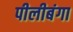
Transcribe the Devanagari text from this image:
पीलीबंगा